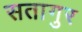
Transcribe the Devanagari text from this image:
सतागुर